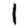
Digit: 1